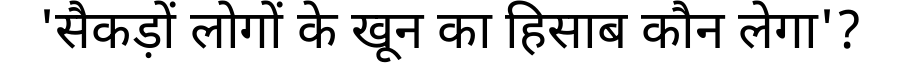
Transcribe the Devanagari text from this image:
'सैकड़ों लोगों के खून का हिसाब कौन लेगा'?